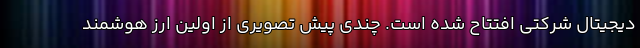
دیجیتال شرکتی افتتاح شده است. چندی پیش تصویری از اولین ارز هوشمند